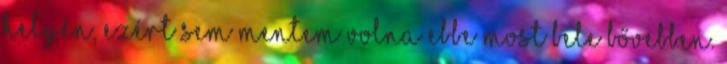
helyén, ezért sem mentem volna ebbe most bele bővebben.